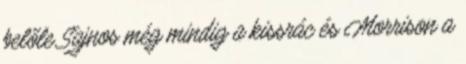
belőle Sajnos még mindig a kissrác és Morrison a